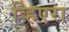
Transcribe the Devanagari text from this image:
व्हिएरा